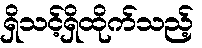
ရှိသင့်ရှိထိုက်သည့်